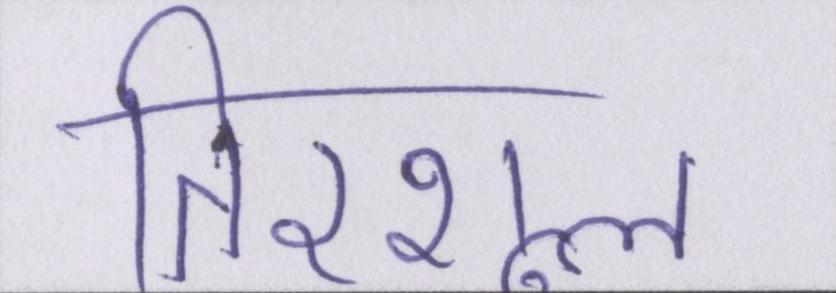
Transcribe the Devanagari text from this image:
तिरशूल